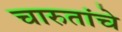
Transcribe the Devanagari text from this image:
चारुतांचे